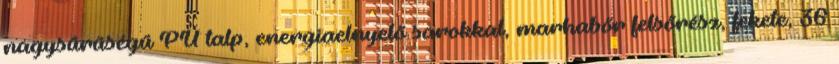
nagysűrűségű PU talp, energiaelnyelő sarokkal, marhabőr felsőrész, fekete, 36